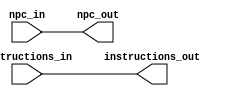
`timescale 1ns / 1ps

module if_id ( output reg [31:0] instructions_out, npc_out,
               input wire [31:0] instructions_in, npc_in
              );
              
    initial begin
        instructions_out <= 0;
        npc_out <= 0;
    end
    
    always @ * begin
        #1 
           instructions_out <= instructions_in;
           npc_out <= npc_in;
    end
endmodule